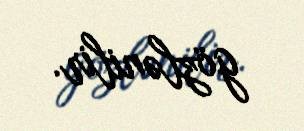
gözlənilir.